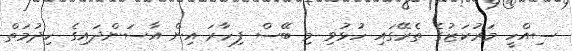
ސިއްހީ މަރުކަޒުގެ ތެރޭގައި ހުޅުވި މި ބޭސް ފިހާރަ އިން އާސަންދައިގެ ހިދުމަތް